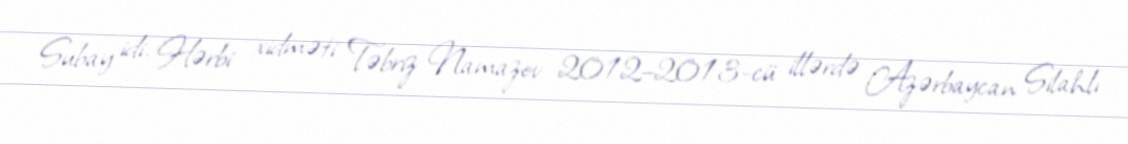
Subay idi. Hərbi xidməti Təbriz Namazov 2012–2013-cü illərdə Azərbaycan Silahlı